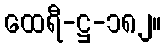
ထေရီ-ဋ္ဌ-၁၈၂။